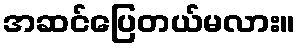
အဆင်ပြေတယ်မလား။